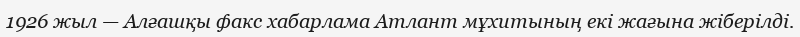
1926 жыл — Алғашқы факс хабарлама Атлант мұхитының екі жағына жіберілді.